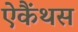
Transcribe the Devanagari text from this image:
ऐकैंथस